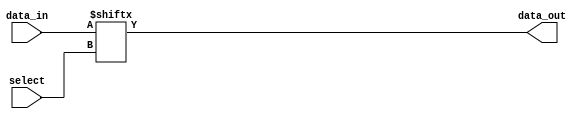
module mux_1024to1 (
    input wire [1023:0] data_in,
    input wire [9:0] select,
    output reg data_out
);

always @(*) begin
    data_out = data_in[select];
end

endmodule